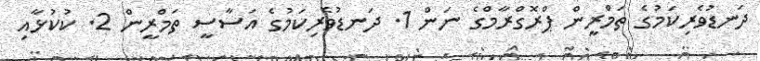
ދަނޑުވެރިކަމުގެ ތަމްރީން ޕްރޮގްރާމްގެ ނަން 1. ދަނޑުވެރިކަމުގެ އަސާސީ ތަމްރީން 2. ކުކުޅާއި